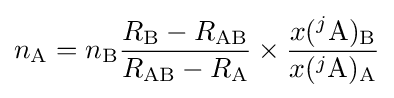
n_{\mathrm {A} }=n_{\mathrm {B} }{\frac {R_{\mathrm {B} }-R_{\mathrm {AB} }}{R_{\mathrm {AB} }-R_{\mathrm {A} }}}\times {\frac {x(^{j}\mathrm {A} )_{\mathrm {B} }}{x(^{j}\mathrm {A} )_{\mathrm {A} }}}